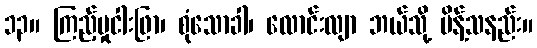
၁၃။ ကြည့်မှုငါးဖြာ၊ စုံသောခါ၊ လောင်းလျာ ဘယ်သို့ မိန့်သနည်း။